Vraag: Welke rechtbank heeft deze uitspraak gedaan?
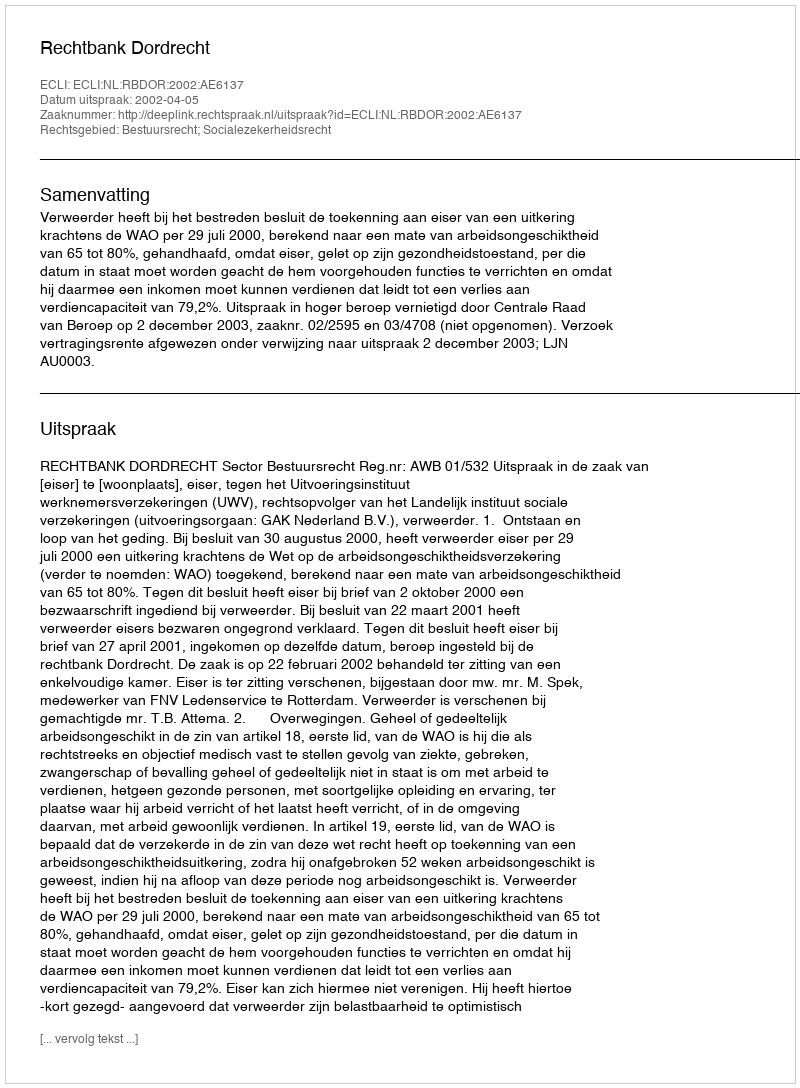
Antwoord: Rechtbank Dordrecht